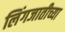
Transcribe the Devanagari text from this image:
लिंगजातीच्या